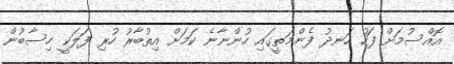
އޮއްސުމަށް ފަހު ހަނދު ފެންމަތީގައި ހުންނާނެ ކަމަށް އިތުބާރު ހުރި ފަލަކީ ހިސާބުން